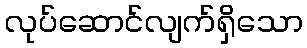
လုပ်ဆောင်လျက်ရှိသော